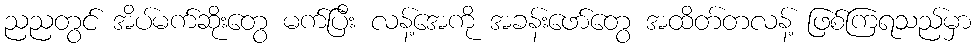
ညညတွင် အိပ်မက်ဆိုးတွေ မက်ပြီး လန့်အေကို အခန်းဖော်တွေ အထိတ်တလန့် ဖြစ်ကြရသည်မှာ